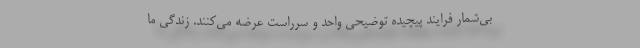
بی‌شمار فرایند پیچیده توضیحی واحد و سرراست عرضه می‌کنند. زندگی ما